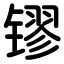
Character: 镠